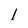
Character: 1